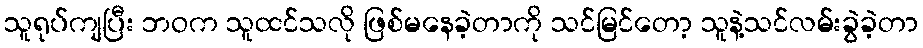
သူရုပ်ကျပြီး ဘဝက သူထင်သလို ဖြစ်မနေခဲ့တာကို သင်မြင်တော့ သူနဲ့သင်လမ်းခွဲခဲ့တာ